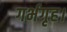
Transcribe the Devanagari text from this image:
गर्भगृह।